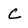
Character: C